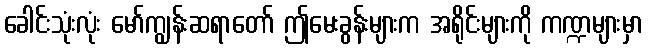
ခေါင်းသုံးလုံး မော်ကျွန်းဆရာတော် ဤမေးခွန်းများက အရိုင်းများကို ကဏ္ဍများမှာ